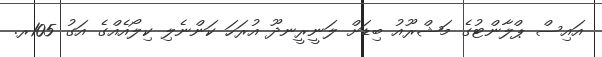
އައިސް ޕްލާންޓުގެ މަޝްރޫއު ބިޑަށް ލަނީރީނދޫ އުރަހަ ކަންނެލި ކިލޯއެއްގެ އަގު 105ރ.